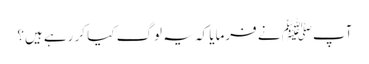
آپﷺ نے فرمایا کہ یہ لوگ کیا کر رہے ہیں؟